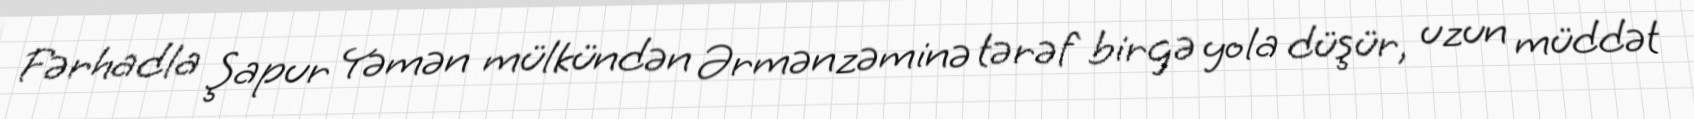
Fərhadla Şapur Yəmən mülkündən Ərmənzəminə tərəf birgə yola düşür, uzun müddət